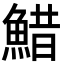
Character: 䱜